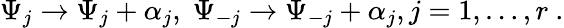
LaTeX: \Psi_{j}\rightarrow\Psi_{j}+\alpha_{j},\; \Psi_{-j}\rightarrow\Psi_{-j}+\alpha_{j},j=1,\ldots,r\ .